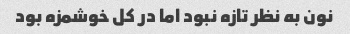
نون به نظر تازه نبود اما در‌ کل خوشمزه بود